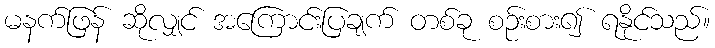
မနက်ဖြန် ဆိုလျှင် အကြောင်းပြချက် တစ်ခု စဉ်းစား၍ ရနိုင်သည်။